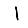
Digit: 1